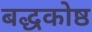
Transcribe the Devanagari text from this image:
बद्धकोष्ठ